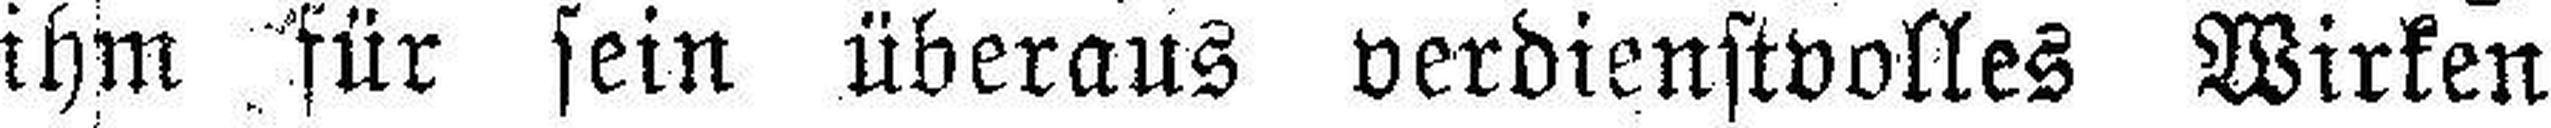
ihm für sein überaus verdienstvolles Wirken